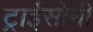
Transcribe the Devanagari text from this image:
ट्राईसोमी